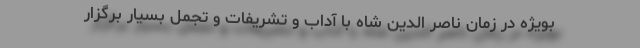
بویژه در زمان ناصر الدین شاه با آداب و تشریفات و تجمل بسیار برگزار